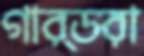
গার্ডরা